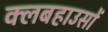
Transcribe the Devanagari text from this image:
क्लबहाउसों